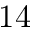
1 4